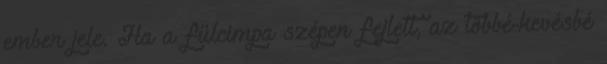
ember jele. Ha a fülcimpa szépen fejlett, az többé-kevésbé